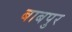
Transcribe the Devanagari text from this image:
बाबपुर